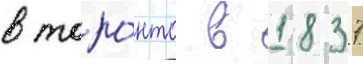
в торо́нто в 1837